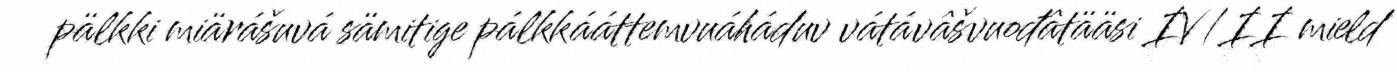
pälkki miärášuvá sämitige pálkkááttemvuáháduv vátávâšvuođâtääsi IV/II mield